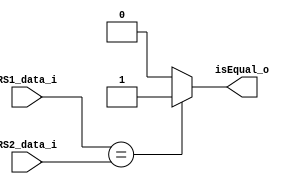
module Beq(
    RS1_data_i,
    RS2_data_i,
    isEqual_o
);

input [31:0] RS1_data_i, RS2_data_i;
output isEqual_o;

assign isEqual_o = (RS1_data_i == RS2_data_i)? 1 : 0;

endmodule